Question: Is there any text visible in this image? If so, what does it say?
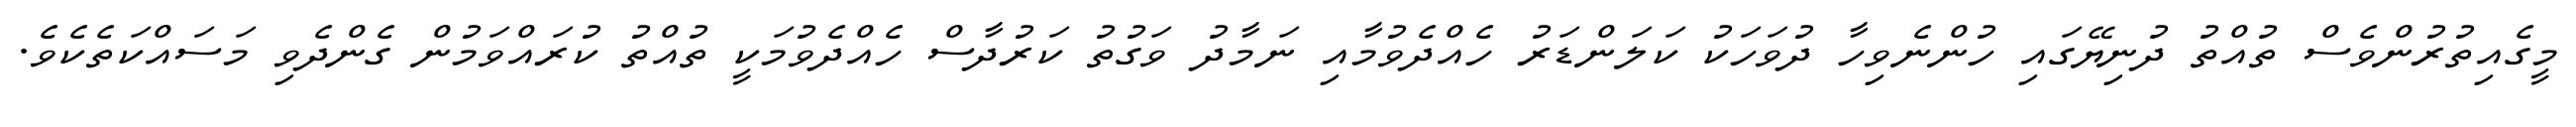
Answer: މީގެއިތުރުންވެސް ތުއްތު ދުނިޔޭގައި ހުންނެވިހާ ދުވަހަކު ކަލަންޑަރު ހެއްދެވުމާއި ނަމާދު ވަގުތު ކަރުދާސް ހެއްދެވުމަކީ ތުއްތު ކުރައްވަމުން ގެންދެވި މަސައްކަތެކެވެ.